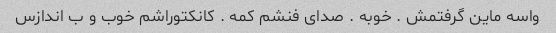
واسه ماین گرفتمش . خوبه . صدای فنشم کمه . کانکتوراشم خوب و ب اندازس